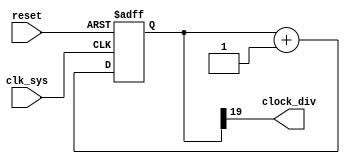
module clk_div
	(
		clk_sys,
		reset,
		clock_div
	);
	
	parameter n = 20;
	
	input clk_sys, reset;
	output clock_div;
	
	reg[n-1:0] clock_cnt;
	wire clock_div;
	
	always @(posedge clk_sys or posedge reset)
	begin
		if(reset)
			clock_cnt <= 0;
		else
			clock_cnt <= clock_cnt + {{(n-1){1'b0}}, 1'b1};
	end
	
	assign clock_div = clock_cnt[n-1];
	
endmodule